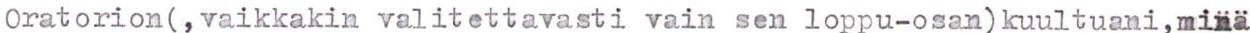
Oratorion(, vaikkakin valitettavasti vain sen loppu-osan) kuultuani, minä